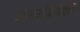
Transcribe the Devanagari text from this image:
आंतरक्रियेद्वारे